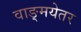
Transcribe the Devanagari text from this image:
वाङ्मयेतर